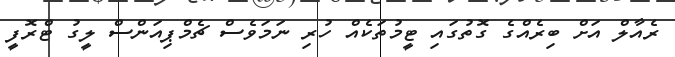
ރެއާލް އަށް ބިރެއްގެ ގޮތުގައި ޓީމުތަކެއް ހުރި ނަމަވެސް ޗެމްޕިއަންސް ލީގު ޓްރޮފީ